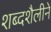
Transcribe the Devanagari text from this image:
शब्दशैलीने